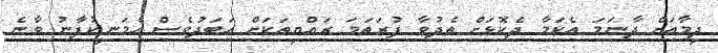
ދިމާއަށް ދާނަމަ އެކަމާ ދެކޮޅަށް ތެދުވާ ފުރަތަމަ ރައްޔިތަކަށް އަބަދުވެސް އެމަނިކުފާނު ވާނެ